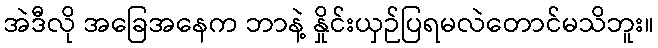
အဲဒီလို အခြေအနေက ဘာနဲ့ နှိုင်းယှဉ်ပြရမလဲတောင်မသိဘူး။